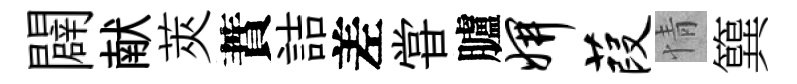
闢献莢蕡詰差甞臚妍葭情簨